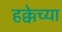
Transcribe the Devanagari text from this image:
हक्केच्या